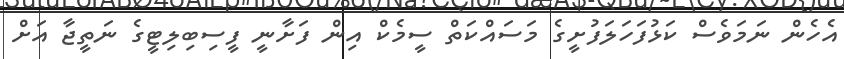
އެހެން ނަމަވެސް ކަޅުފަހަލަފުށީގެ މަސައްކަތް ސީމެކް އިން ފަަށާނީ ފީސިބިލިޓީގެ ނަތީޖާ އަށް